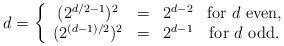
LaTeX: \begin{align*}d=\left\{\begin{array}{cccc}( 2^{d/2-1})^2 & = & 2^{d-2} &\mbox{for $d$ even,}\\(2^{(d-1)/2})^2 & = & 2^{d-1} & \mbox{for $d$ odd}.\end{array}\right.\end{align*}